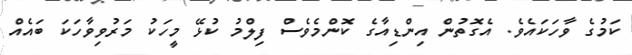
ކަމުގެ ވާހަކައެވެ. އެގޮތުން އިންޑިއާގެ ކޮންމެވެސް ފިލްމު ކުޅޭ މީހަކު މަރުވިވާހަކަ ބައެއް